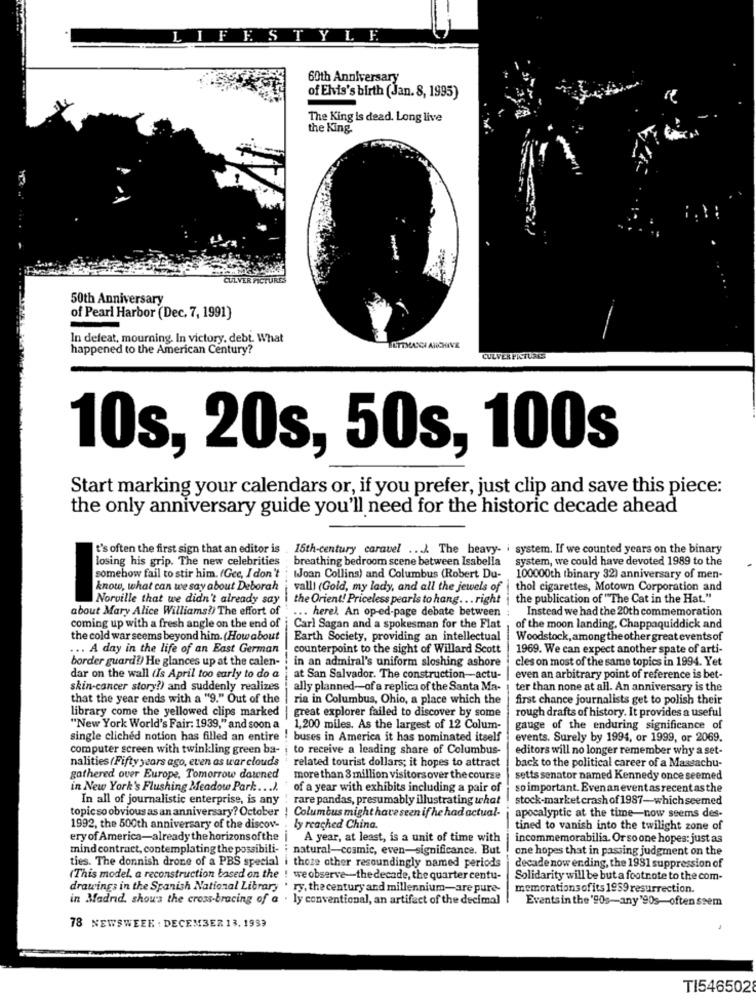
LIFESTYLE
60th Anniversary
of Elvis's birth (Jan. 8, 1995)
The King Is dead. Long live
the King
50th Anniversary
of Pearl Harbor (Dec. 7, 1991)
In defeat, mourning. In victory, debt. What
happened to the American Century?
ULTIMASCH ARCHIVE
CULVER PICTURES
10s, 20s, 50s, 100s
Start marking your calendars or, if you prefer, just clip and save this piece:
the only anniversary guide you'll need for the historic decade ahead
t's often the first sign that an editor is 15th-century caravel .. . The heavy- i system. If we counted years on the binary
losing his grip. The new celebrities breathing bedroom scene between Isabella
system, we could have devoted 1989 to the
somehow fail to stir him. (Gee, I don't ; Joan Collins) and Columbus (Robert Du-
100000th (binary 32) anniversary of men-
know, what can we say about Deborah
valll (Gold, my lady, and all the jewels of | thol cigarettes, Motown Corporation and
Norville that we didn't already say
the Orient! Priceless pearls to hang. .. right
the publication of "The Cat in the Hat."
about Mary Alice Williams!) The effort of
... herel. An op-ed-page debate between
Instead we had the 20th commemoration
coming up with a fresh angle on the end of
Carl Sagan and a spokesman for the Flat
of the moon landing, Chappaquiddick and
the cold war seems beyond him. (How about
Earth Society, providing an intellectual
Woodstock, among the other great events of
... A day in the life of an East German
counterpoint to the sight of Willard Scott
1969. We can expect another spate of arti-
border guard?) He glances up at the calen-
in an admiral's uniform sloshing ashore
cles on most of the same topics in 1994. Yet
dar on the wall (Is April too early to do a
at San Salvador. The construction-actu-
even an arbitrary point of reference is bet-
skin-cancer story?) and suddenly realizes
ally planned-of a replica of the Santa Ma-
ter than none at all. An anniversary is the
that the year ends with a "9." Out of the
ria in Columbus, Ohio, a place which the
first chance journalists get to polish their
library come the yellowed clips marked
rough drafts of history. It provides a useful
| great explorer failed to discover by some
"New York World's Fair: 1939," and soon a
1,200 miles. As the largest of 12 Colum-
gauge of the enduring significance of
single clichéd notion has filled an entire ! buses in America it has nominated itself
events. Surely by 1994, or 1999, or 2069.
computer screen with twinkling green ba- i to receive a leading share of Columbus-
editors will no longer remember why a set-
nalities (Fifty years ago, even as war clouds ' related tourist dollars; it hopes to attract
back to the political career of a Massachu-
gathered over Europe, Tomorrow dawned
more than 3 million visitorsover the course
setts senator named Kennedy once seemed
in New York's Flushing Meadow Park .. ...
of a year with exhibits including a pair of
so important. Evenaneventas recent as the
In all of journalistic enterprise, is any
:rare pandas, presumably illustrating what
stock-market crash of 1987-which seemed
topic so obvious as an anniversary? October | Columbus might have seen if he had actual-
apocalyptic at the time-now seems des-
1992, the 500th anniversary of the discov- . ly reached China.
tined to vanish into the twilight zone of
ery of America-already the horizons of the
i A year, at least, is a unit of time with
incommemorabilia. Or so one hopes: just as
mind contract, contemplating the possibili- : natural-cosmic, even-significance. But
one hopes that in passing judgment on the
ties. The donnish drone of a PBS special i those other resoundingly named periods
decade now ending, the 1981 suppression of
(This model. a reconstruction based on the ! weobserve-the decade, the quarter centu-
Solidarity will be but a footnote to the com-
drawings in the Spanish National Library . ry, the century and millennium-are pure-
memorations ofits 1959 resurrection.
in Madrid, show'a the cross-bracing of a . ly conventional, an artifact of the decimal
Eventsin the'90s-any'90s-often seem
78 NEWSWEEK : DECEMBER 13. 1933
TI5465028